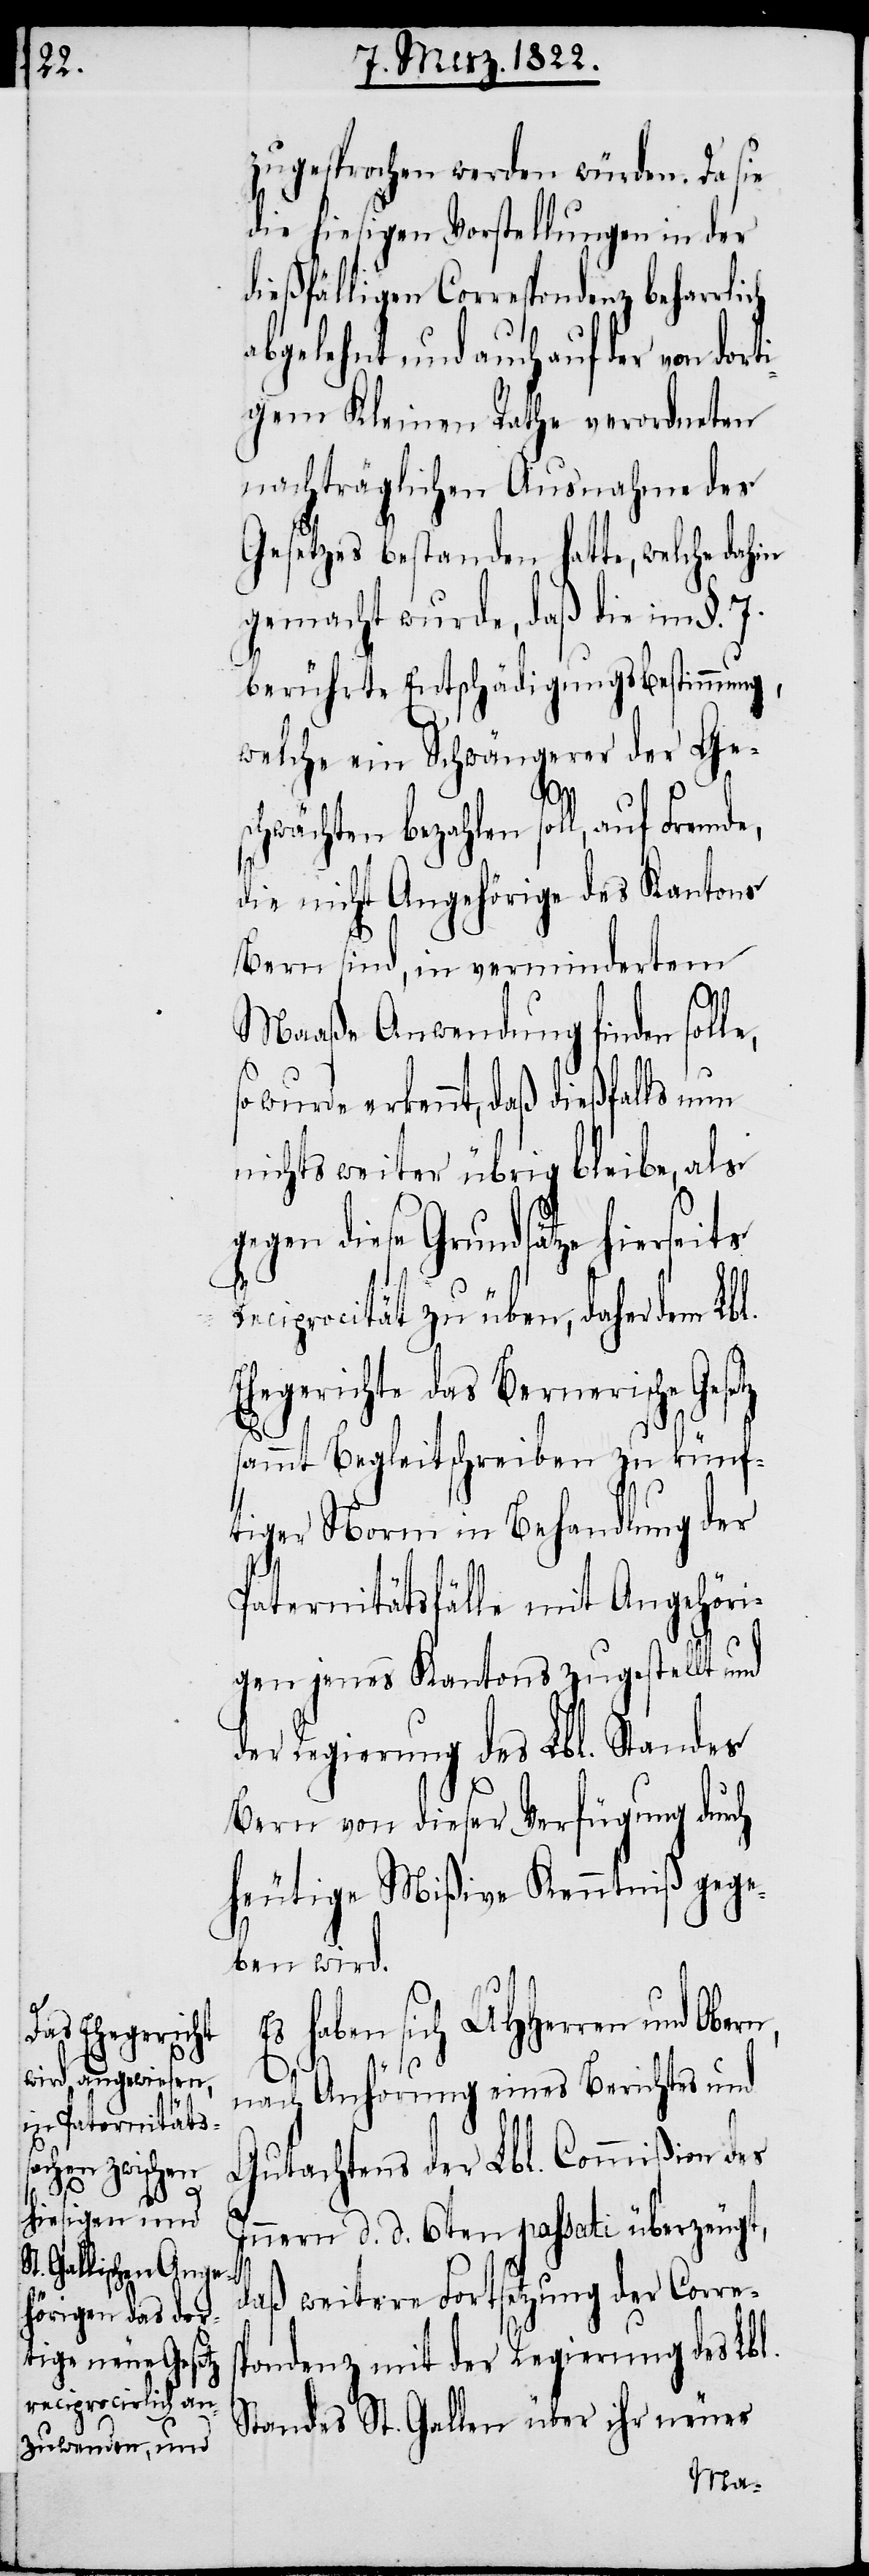
rt¬
zugesprochen werden würden. Da sie
die hiesigen Vorstellungen in der
dießfälligen Correspondenz beharrli¬
abgelehnt und auch auf der von do¬
igem Kleinen Rathe verordneten
nachträglichen Ausnahme des
Gesetzes bestanden hatte, welche dahin
gemacht wurde, daß die im §. 7.
berührte Entschädigungsbestimmung,
welche ein Schwängerer der Ge¬
schwächten bezahlen soll, auf
die nicht Angehörige des Kantons
Bern sind, in vermindertem
Maaße Anwendung finden solle,
wurde erkennt, daß dießfalls nun
nichts weiter übrig bleibe, als
diese Grundsätze hiersei¬
ts
Reciprocität zu üben, daher dem Lbl.
Ehegerichte das Bernerische Gesetz
sammt Begleitschreiben zu künf¬
tiger Norm in Behandlung der
Paternitätsfälle mit Angehöri¬
gen jenes Kantons zugestellt und
der Regierung des Lbl. Standes
Bern von dieser Verfügung durch
heutige Mißive Kenntniß gege¬
ben wird.
haben sich UHHerrn und Obern
nach Anhörung eines Berichtes und
Gutachtens der Lbl. Commißion des
Innern d. d. 6ten passati überzeugt,
daß weitere Fortsetzung der Corres¬
pondenz mit der Regierung des Lbl.
Standes St. Gallen über ihr neues